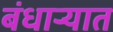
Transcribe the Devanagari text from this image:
बंधाऱ्यात